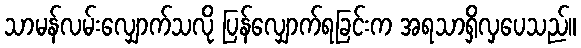
သာမန်လမ်းလျှောက်သလို ပြန်လျှောက်ရခြင်းက အရသာရှိလှပေသည်။